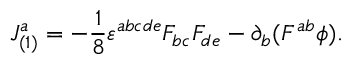
J _ { ( 1 ) } ^ { a } = - \frac { 1 } { 8 } \varepsilon ^ { a b c d e } F _ { b c } F _ { d e } - \partial _ { b } ( F ^ { a b } \phi ) .